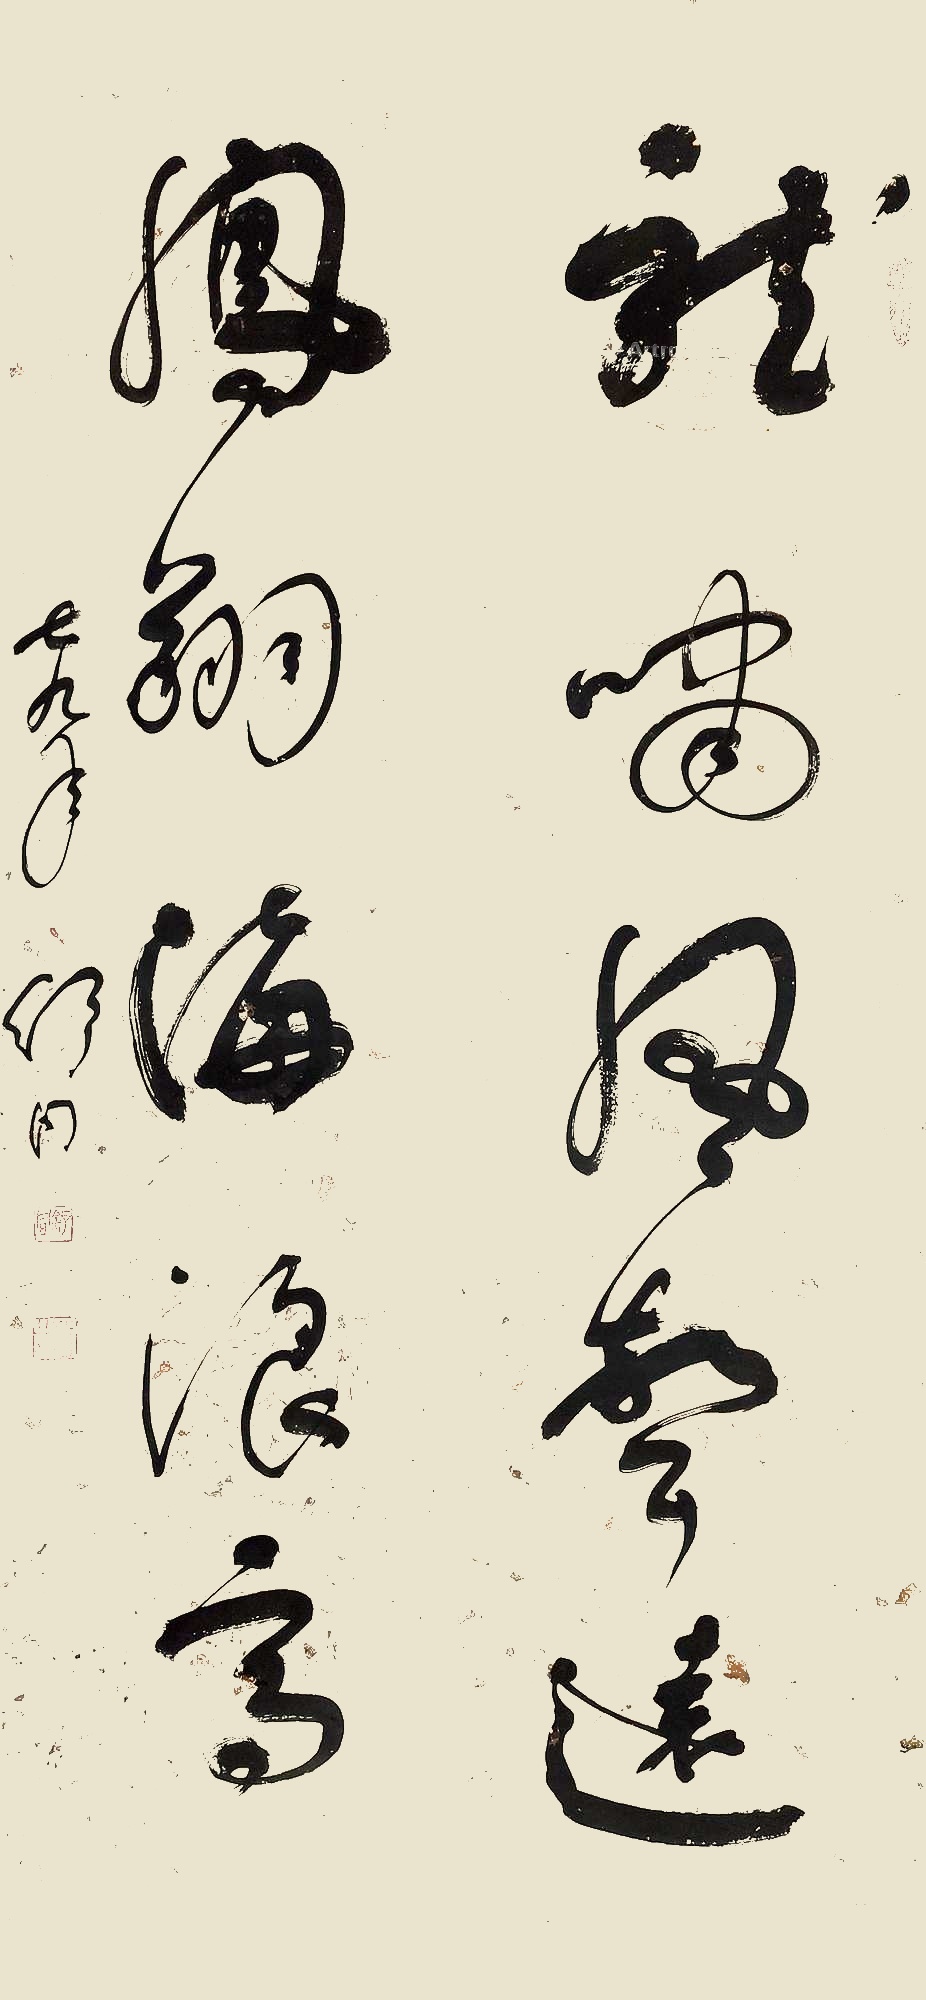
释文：龙啸风声远，凤翔海浪高。七九年，舒同。